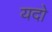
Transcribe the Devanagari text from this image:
यदो